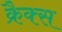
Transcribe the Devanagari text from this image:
क्रैक्‍स